Report of the Indian Hemp Drugs Commission, 1894-1895 - Volume VI
Year: 1894
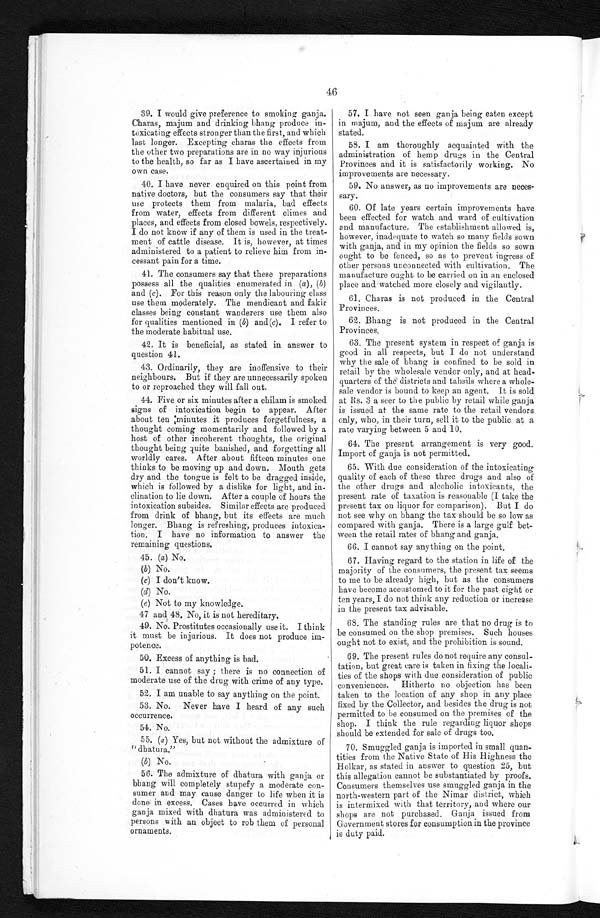
46
39. I would give preference to smoking ganja.
Charas, majum and drinking bhang produce in-
toxicating effects stronger than the first, and which
last longer. Excepting charas the effects from
the other two preparations are in no way injurious
to the health, so far as I have ascertained in my
own case.
40. I have never enquired on this point from
Dative doctors, but the consumers say that their
use protects them from malaria, bad effects
from water, effects from different climes and
places, and effects from closed bowels, respectively.
I do not know if any of them is used in the treat-
ment of cattle disease. It is, however, at times
administered to a patient to relieve him from in-
cessant pain for a time.
41. The consumers say that these preparations
possess all the qualities enumerated in (a), (b)
and (c). For this reason only the labouring class
use them moderately. The mendicant and fakir
classes being constant wanderers use them also
for qualities mentioned in (b) and(c). I refer to
the moderate habitual use.
42. It is beneficial, as stated in answer to
question 41.
43. Ordinarily, they are inoffensive to their
neighbours. But if they are unnecessarily spoken
to or reproached they will fall out.
44. Five or six minutes after a chilam is smoked
signs of intoxication begin to appear. After
about ten :minutes it produces forgetfulness, a
thought coming momentarily and followed by a
host of other incoherent thoughts, the original
thought being quite banished, and forgetting all
worldly cares. After about fifteen minutes one
thinks to be moving up and down. Mouth gets
dry and the tongue is felt to be dragged inside,
which is followed by a dislike for light, and in-
clination to lie down. After a couple of hours the
intoxication subsides. Similar effects are produced
from drink of bhang, but its effects are much
longer. Bhang is refreshing, produces intoxica-
tion. I have no information to answer the
remaining questions.
45. (a) No.
(b) No.
(c) I don't know.
(d) No.
(e) Not to my knowledge.
47 and 48. No, it is not hereditary.
49. No. Prostitutes occasionally use it. I think
it must be injurious. It does not produce im-
potence.
50. Excess of anything is bad.
51. I cannot say ; there is no connection of
moderate use of the drug with crime of any type.
52. I am unable to say anything on the point.
53. No. Never have I heard of any such
occurrence.
54. No.
55. (a) Yes, but not without the admixture of
" dhatura."
(b) No.
56. The admixture of dhatura with ganja or
bhang will completely stupefy a moderate con-
sumer and may cause danger to life when it is
done in excess. Cases have occurred in which
ganja mixed with dhatura was administered to
persons with an object to rob them of personal
ornaments.
57. I have not seen ganja being eaten except
in majum, and the effects of majum are already
stated.
58. I am thoroughly acquainted with the
administration of hemp drugs in the Central
Provinces and it is satisfactorily working. No
i m p r o v e m e n t s a r e n e c e s s a r y .
59. No answer, as no improvements are neces-
sary.
60. Of late years certain improvements have
been effected for watch and ward of cultivation
and manufacture. The establishment allowed is,
however, inadequate to watch so many fields sown
with ganja, and in my opinion the fields so sown
ought to be fenced, so as to prevent ingress of
other persons unconnected with cultivation. The
manufacture ought to be carried on in an enclosed
place and watched more closely and vigilantly.
61. Charas is not produced in the Central
Provinces.
62. Bhang is not produced in the Central
Provinces.
63. The present system in respect of ganja is
good in all respects, but I do not understand
why the sale of bhang is confined to be sold in
retail by the wholesale vendor only, and at head-
quarters of the districts and tahsils where a whole-
sale vendor is bound to keep an agent. It is sold
at Rs. 3 a seer to the public by retail while ganja
is issued at the same rate to the retail vendors
only, who, in their turn, sell it to the public at a
rate varying between 5 and 10.
64. The present arrangement is very good.
Import of ganja is not permitted.
65. With due consideration of the intoxicating
quality of each of these three drugs and also of
the other drugs and alcoholic intoxicants, the
present rate of taxation is reasonable (I take the
present tax on liquor for comparison). But I do
not see why on bhang the tax should be so low as
compared with ganja. There is a large gulf bet-
ween the retail rates of bhang and ganja.
66. I cannot say anything on the point.
67. Having regard to the station in life of the
majority of the consumers, the present tax seems
to me to be already high, but as the consumers
have become accustomed to it for the past eight or
ten years, I do not think any reduction or increase
in the present tax advisable.
68. The standing rules are that no drug is to
be consumed on the shop premises. Such houses
ought not to exist, and the prohibition is sound.
69. The present rules do not require any consul-
tation, but great care is taken in fixing the locali-
ties of the shops with due consideration of public
conveniences. Hitherto no objection has been
taken to the location of any shop in any place
fixed by the Collector, and besides the drug is not
permitted to be consumed on the premises of the
shop. I think the rule regarding liquor shops
should be extended for sale of drugs too.
70. Smuggled ganja is imported in small quan-
tities from the Native State of His Highness the
Holkar, as stated in answer to question 25, but
this allegation cannot be substantiated by proofs.
Consumers themselves use smuggled ganja in the
north-western part of the Nimar district, which
is intermixed with that territory, and where our
shops are not purchased. Ganja issued from
Government stores for consumption in the province
is duty paid.